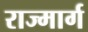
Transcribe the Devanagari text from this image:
राज्मार्ग